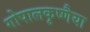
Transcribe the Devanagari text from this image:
गोपालकृष्णैया